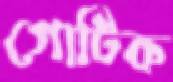
গোটিক